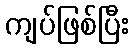
ကျပ်ဖြစ်ပြီး